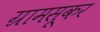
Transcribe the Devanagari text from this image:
ग्रामसूकर